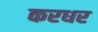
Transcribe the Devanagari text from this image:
करधर